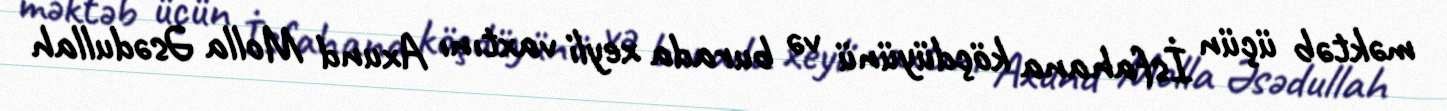
məktəb üçün İsfahana köçdüyünü və burada xeyli vaxtını Axund Molla Əsədullah